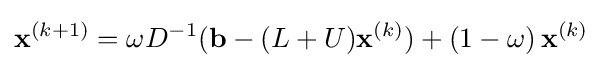
\mathbf {x} ^{(k+1)}=\omega D^{-1}(\mathbf {b} -(L+U)\mathbf {x} ^{(k)})+\left(1-\omega \right)\mathbf {x} ^{(k)}